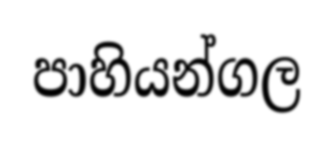
පාහියන්ගල